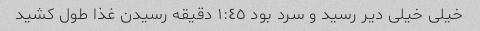
خیلی خیلی دیر رسید و سرد بود ١:٤٥ دقیقه رسیدن غذا طول کشید